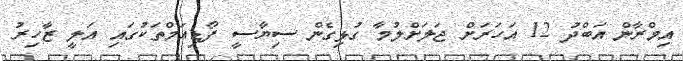
އިމްރާން އަބްދު 12 އަހަރަށް ޖަލަށްލުމާ ގުޅިގެން ސިޔާސީ ފޯޑިއަމްތަކުގައި އަލީ ޒާހިރު